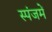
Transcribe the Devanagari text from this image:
स्पंजमें